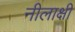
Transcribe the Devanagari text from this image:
नीलाक्षी